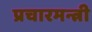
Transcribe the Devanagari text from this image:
प्रचारमन्त्री